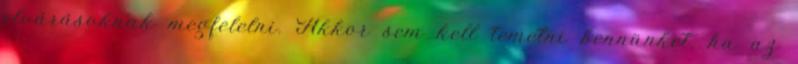
elvárásoknak megfelelni. Akkor sem kell temetni bennünket, ha az